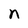
Character: n